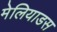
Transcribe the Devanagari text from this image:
मेलियाडस